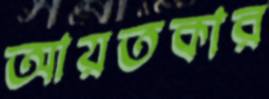
আয়তকার